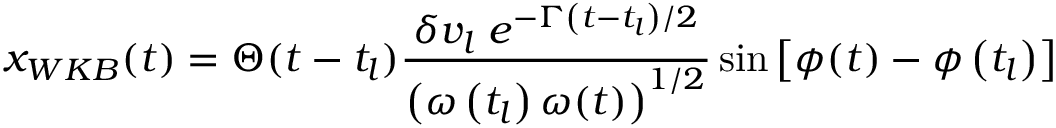
x _ { W K B } ( t ) = \Theta ( t - t _ { l } ) \frac { \delta v _ { l } \; e ^ { - \Gamma \left( t - t _ { l } \right) / 2 } } { \left( \omega \left( t _ { l } \right) \omega ( t ) \right) ^ { 1 / 2 } } \sin \left[ \phi ( t ) - \phi \left( t _ { l } \right) \right]